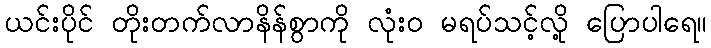
ယင်းပိုင် တိုးတက်လာနိန်စွာကို လုံးဝ မရပ်သင့်လို့ ပြောပါရေ။